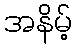
အနိမ့်